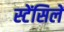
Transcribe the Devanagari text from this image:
स्टेंसिलें